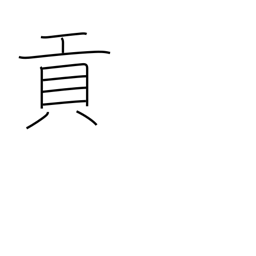
Meaning: tribute